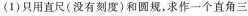
(1)只用直尺(没有刻度)和圆规，求作一个直角三